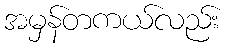
အမှန်တကယ်လည်း